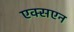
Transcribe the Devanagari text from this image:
एक्सएन